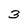
Character: 3